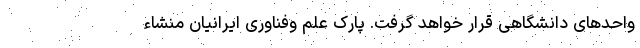
واحدهای دانشگاهی قرار خواهد گرفت. پارک علم وفناوری ایرانیان منشاء